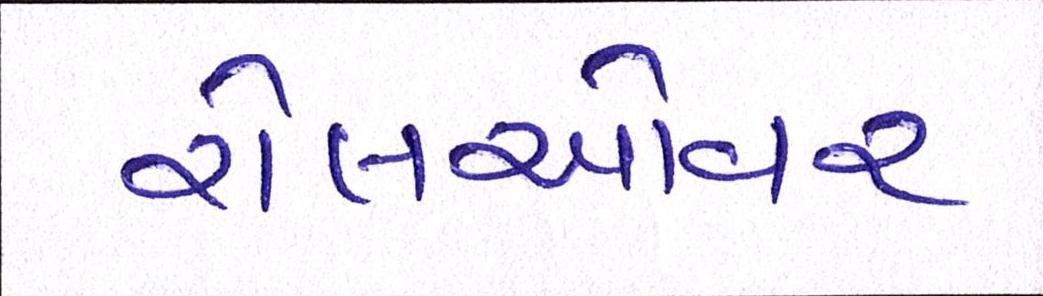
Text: રોલઓવર